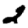
Digit: 2